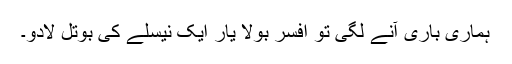
ہماری باری آنے لگی تو افسر بولا یار ایک نیسلے کی بوتل لادو۔